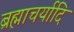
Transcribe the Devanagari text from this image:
ब्रह्माचर्यादि